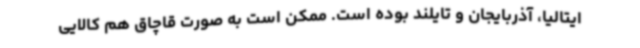
ایتالیا، آذربایجان و تایلند بوده است. ممکن است به صورت قاچاق هم کالایی